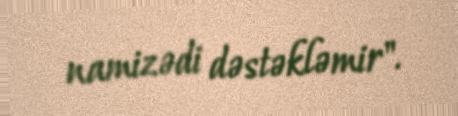
namizədi dəstəkləmir".